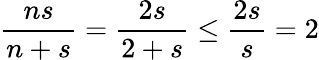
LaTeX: \frac{ns}{n+s}=\frac{2s}{2+s}\leq\frac{2s}{s}=2